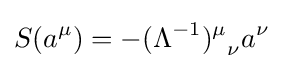
S(a^{\mu })=-{(\Lambda ^{-1})^{\mu }}_{\nu }a^{\nu }